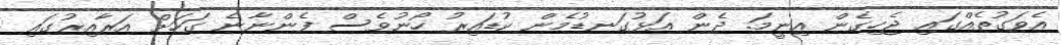
އެވަގުތެއްގައި ޖެހިގެން އިނީމަ. ދެން އަޅުގަނޑުމެން ކުޑައިރު ހޯނުވެސް ފެންނާނެ ގަހަށް އަރާއިރުގައި